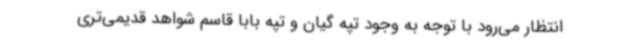
انتظار می‌رود با توجه به وجود تپه گیان و تپه بابا قاسم شواهد قدیمی‌تری